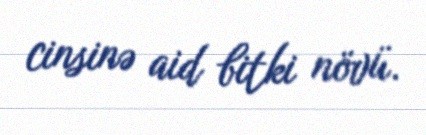
cinsinə aid bitki növü.